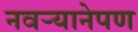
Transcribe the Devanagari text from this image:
नवर्‍यानेपण